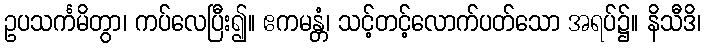
ဥပသင်္ကမိတွာ၊ ကပ်လေပြီး၍။ ဧကမန္တံ၊ သင့်တင့်လောက်ပတ်သော အရပ်၌။ နိသီဒိ၊